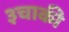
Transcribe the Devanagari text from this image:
३चाकी